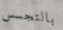
بالتجسس